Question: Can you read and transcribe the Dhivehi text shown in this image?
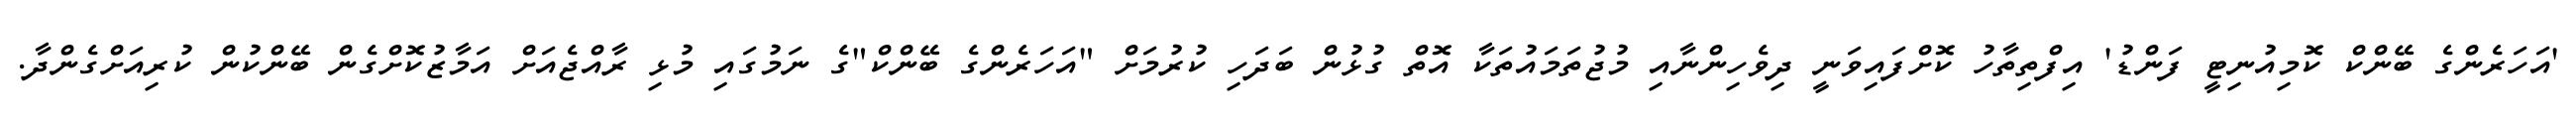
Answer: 'އަހަރެންގެ ބޭންކް ކޮމިއުނިޓީ ފަންޑު' އިފްތިތާހު ކޮށްފައިވަނީ ދިވެހިންނާއި މުޖުތަމައުތަކާ އޮތް ގުޅުން ބަދަހި ކުރުމަށް "އަހަރެންގެ ބޭންކް"ގެ ނަމުގައި މުޅި ރާއްޖެއަށް އަމާޒުކޮށްގެން ބޭންކުން ކުރިއަށްގެންދާ.